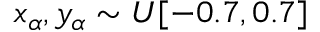
x _ { \alpha } , y _ { \alpha } \sim U [ - 0 . 7 , 0 . 7 ]